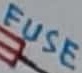
Text: FUSE